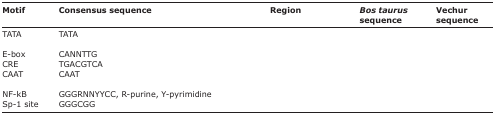
<table><thead><tr><td><b>Motif</b></td><td><b>Consensus sequence</b></td><td><b>Region</b></td><td><b><i>Bos taurus</i> sequence</b></td><td><b>Vechur sequence</b></td></tr></thead><tbody><tr><td>TATA</td><td>TATA</td><td>[EMPTY_CELL]</td><td>[EMPTY_CELL]</td><td>[EMPTY_CELL]</td></tr><tr><td>E-box</td><td>CANNTTG</td><td>[EMPTY_CELL]</td><td>[EMPTY_CELL]</td><td>[EMPTY_CELL]</td></tr><tr><td>CRE</td><td>TGACGTCA</td><td>[EMPTY_CELL]</td><td>[EMPTY_CELL]</td><td>[EMPTY_CELL]</td></tr><tr><td>CAAT</td><td>CAAT</td><td>[EMPTY_CELL]</td><td>[EMPTY_CELL]</td><td>[EMPTY_CELL]</td></tr><tr><td>NF-kB</td><td>GGGRNNYYCC, R-purine, Y-pyrimidine</td><td>[EMPTY_CELL]</td><td>[EMPTY_CELL]</td><td>[EMPTY_CELL]</td></tr><tr><td>Sp-1 site</td><td>GGGCGG</td><td>[EMPTY_CELL]</td><td>[EMPTY_CELL]</td><td>[EMPTY_CELL]</td></tr></tbody></table>